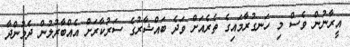
އީރާނުން ވެސް މި ހަނގުރާމައިގެ ތެރެއަށް ވަދެ ބައްޝާރުގެ ސަރުކާރަށް އެއްބާރުލުން ދެމުންދާ